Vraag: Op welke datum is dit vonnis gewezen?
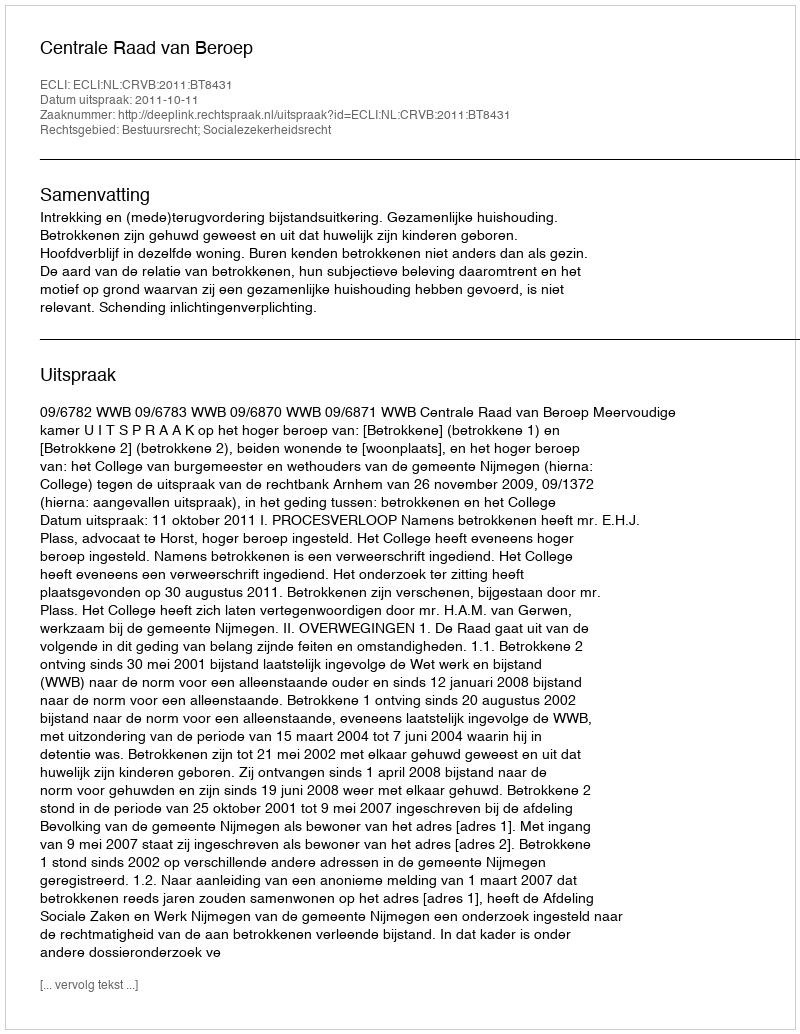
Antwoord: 2011-10-11